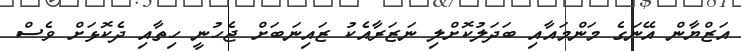
އަޒްޔާން އޭނަގެ މަންމައާއި ބަދަލުކޮށްލި ނަޒަރާއެކު ޒައިނަބަށް ޖެހުނީ ހިތާއި ދެކޮޅަށް ވެސް